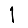
Digit: 1